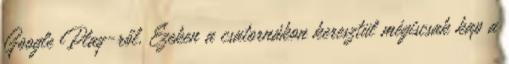
Google Play-ről. Ezeken a csatornákon keresztül mégiscsak kap a